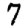
Digit: 7